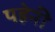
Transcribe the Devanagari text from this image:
पहेनी